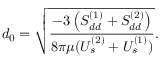
d _ { 0 } = \sqrt { \frac { - 3 \left( S _ { d d } ^ { ( 1 ) } + S _ { d d } ^ { ( 2 ) } \right) } { 8 \pi \mu ( U _ { s } ^ { ( 2 ) } + U _ { s } ^ { ( 1 ) } ) } } .